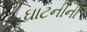
ઘાટનીની